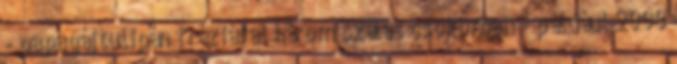
- papagájtulipán fréziával három szálas csokorban - például 2000